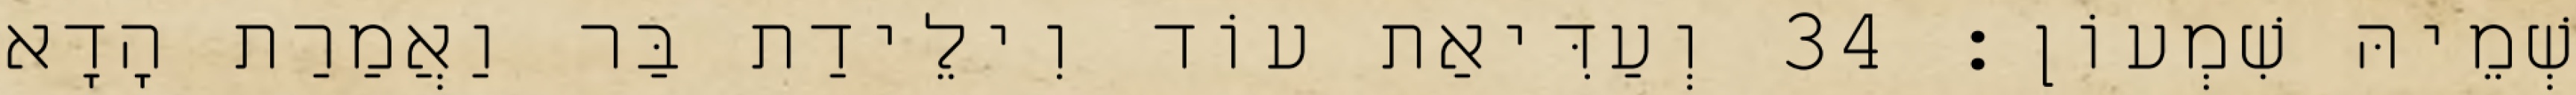
שְׁמֵיהּ שִׁמְעוֹן׃ 34 וְעַדִּיאַת עוֹד וִילֵידַת בַּר וַאֲמַרַת הָדָא